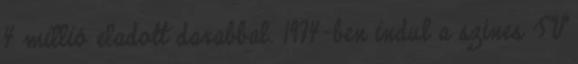
4 millió eladott darabbal. 1974-ben indul a színes TV